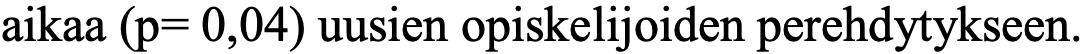
aikaa (p= 0,04) uusien opiskelijoiden perehdytykseen.